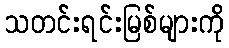
သတင်းရင်းမြစ်များကို